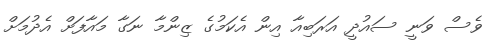
ވެސް ވަނީ ސައުދީ އަރަބިއާ އިން އެކަމުގެ ޒިންމާ ނަގާ މައާފަށް އެދުމަށް